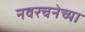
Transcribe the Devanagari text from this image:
नवरचनेच्या